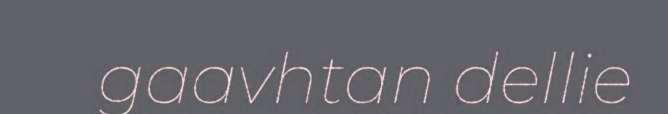
gaavhtan dellie